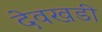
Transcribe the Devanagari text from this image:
देवखडी